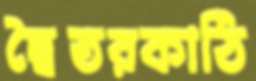
দ্বৈতরকাঠি